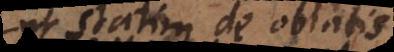
ut statim de oblatis